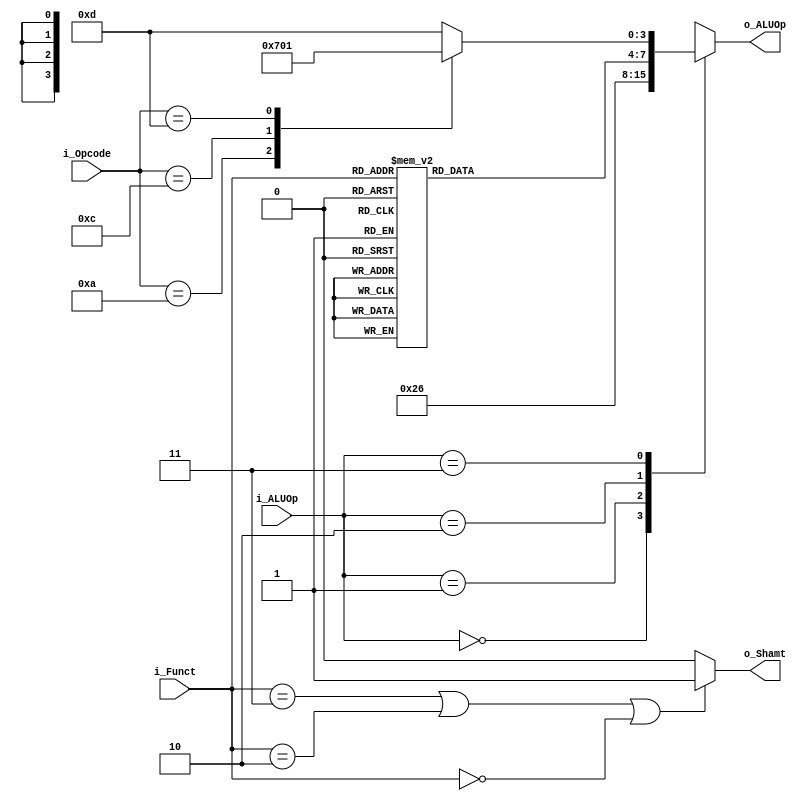
`timescale 1ns / 1ps

module Control_ALU
    #(
        parameter   ANBITS          =   6   ,
        parameter   NBITSCONTROL    =   2   ,
        parameter   ALUOP           =   4   
    )
    (
        input   wire    [ANBITS-1:0]           i_Funct ,
        input   wire    [ANBITS-1:0]           i_Opcode,
        input   wire    [NBITSCONTROL-1:0]     i_ALUOp ,    
        output  wire    [ALUOP-1:0]            o_ALUOp ,
        output  wire                           o_Shamt            
    );
localparam	ADD_C	=  6'b100000;	//Suma
localparam	SUB_C	=  6'b100010;	//Resta
localparam	SUBU_C  =  6'b100011;	//Resta Unsigned
localparam	AND_C	=  6'b100100;	//And
localparam	ANDI_C  =  6'b001100;	//And Immediate
localparam	OR_C	=  6'b100101;	//Or
localparam	ORI_C	=  6'b001101;	//Or Immediate
localparam NOR_C    =  6'b100111 ;  //Nor
localparam XOR_C    =  6'b100110;   //Xor
localparam XORI_C   =  6'b001110;   //Xor Immediate
localparam	SLT_C	=  6'b101010;	//Set on Less than
localparam SLTI_C   =  6'b001010;   //Set on Less than Immediate
localparam	ADDU_C  =  6'b100001;   //Add Unsigned Word
localparam	SLL_C   =  6'b000000;   //Shift Word Left Logical
localparam SLLV_C   =  6'b000100;   //Shift Word Left Logical Variable
localparam	SRL_C   =  6'b000010 ;  //Shift Word Right Logical
localparam	SRLV_C  =  6'b000110 ;  //Shift Word Right Logical Variable
localparam	SRA_C   =  6'b000011 ;  //Shift Word Right Arithmetic
localparam	SRAV_C  =  6'b000111 ;  //Shift Word Right Arithmetic Variable

localparam	CERO   = 2'b00;
localparam	CEROUNO= 2'b01;
localparam	UNOCERO= 2'b10;
localparam	UNOUNO = 2'b11;

    reg [ALUOP-1    :0] ALUOp_Reg   ;
   
    
    always @(*)
    begin : ALUOp
            case(i_ALUOp)
                CERO :       
                                    ALUOp_Reg   <=   4'b0010    ;
                CEROUNO :        
                                    ALUOp_Reg   <=   4'b0110    ;
                UNOCERO :
                    case(i_Funct)
                        ADD_C    :   ALUOp_Reg   <=   4'b0010    ;
                        SUB_C    :   ALUOp_Reg   <=   4'b0110    ;
                        SUBU_C   :   ALUOp_Reg   <=   4'b0110    ;
                        AND_C    :   ALUOp_Reg   <=   4'b0000    ;
                        OR_C     :   ALUOp_Reg   <=   4'b0001    ;
                        NOR_C    :   ALUOp_Reg   <=   4'b1100    ;
                        XOR_C    :   ALUOp_Reg   <=   4'b1101    ;
                        SLT_C    :   ALUOp_Reg   <=   4'b0111    ;
                        ADDU_C   :   ALUOp_Reg   <=   4'b0010    ;
                        SLL_C    :   ALUOp_Reg   <=   4'b0011    ;
                        SRL_C    :   ALUOp_Reg   <=   4'b0100    ;  
                        SLLV_C   :   ALUOp_Reg   <=   4'b0011    ;
                        SRLV_C   :   ALUOp_Reg   <=   4'b0100    ;  
                        SRA_C    :   ALUOp_Reg   <=   4'b0101    ;
                        SRAV_C   :   ALUOp_Reg   <=   4'b0101    ;                         
                        default :   ALUOp_Reg   <=   -2         ;
                    endcase       
                UNOUNO :
                    case(i_Opcode)
                        SLTI_C   :   ALUOp_Reg   <=   4'b0111    ;
                        ANDI_C   :   ALUOp_Reg   <=   4'b0000    ;
                        ORI_C    :   ALUOp_Reg   <=   4'b0001    ;   
                        XORI_C   :   ALUOp_Reg   <=   4'b1101    ;                           
                        default :   ALUOp_Reg   <=   -3         ;
                    endcase       
                default:            ALUOp_Reg   <=   -1        ;
            endcase
    end
    
    assign o_ALUOp  =    ALUOp_Reg   ;
    assign o_Shamt  =   (i_Funct == SRA_C | i_Funct == SRL_C | i_Funct == SLL_C) ? 1 : 0 ;
endmodule